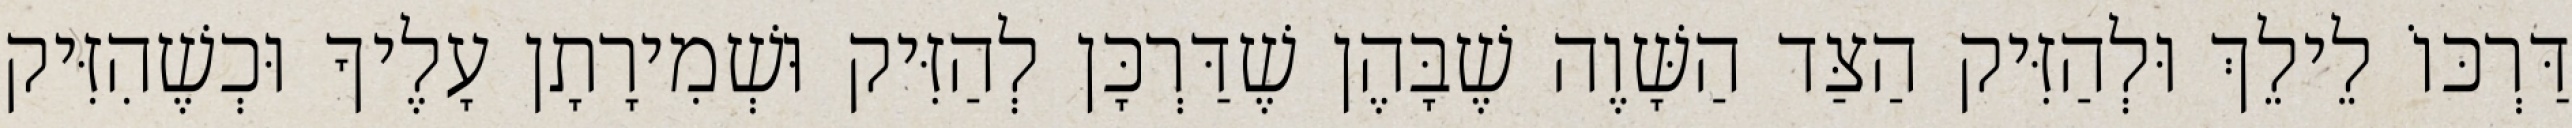
דַּרְכּוֹ לֵילֵךְ וּלְהַזִּיק הַצַּד הַשָּׁוֶה שֶׁבָּהֶן שֶׁדַּרְכָּן לְהַזִּיק וּשְׁמִירָתָן עָלֶיךָ וּכְשֶׁהִזִּיק